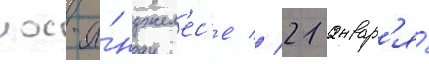
лос-а́нджел'ес'е // 21 январ'я́